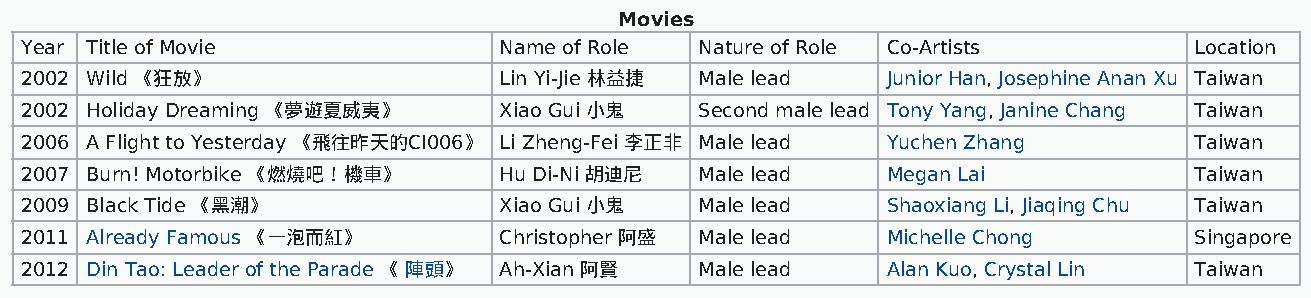
Movies
 Year Title of Movie             Name of Role Nature of Role Co-Artists        Location
 2002 Wild 《狂放》                  Lin Yi-Jie 林益捷 Male lead  Junior Han, Josephine Anan Xu Taiwan
 2002 Holiday Dreaming 《夢遊夏威夷》   Xiao Gui 小鬼  Second male lead Tony Yang, Janine Chang Taiwan
 2006 A Flight to Yesterday 《飛往昨天的CI006》 Li Zheng-Fei 李正非 Male lead Yuchen Zhang Taiwan
 2007 Burn! Motorbike 《燃燒吧！機車》   Hu Di-Ni 胡迪尼 Male lead    Megan Lai           Taiwan
 2009 Black Tide 《黑潮》            Xiao Gui 小鬼  Male lead    Shaoxiang Li, Jiaqing Chu Taiwan
 2011 Already Famous 《一泡而紅》      Christopher 阿盛 Male lead  Michelle Chong      Singapore
 2012 Din Tao: Leader of the Parade 《 陣頭》 Ah-Xian 阿賢 Male lead Alan Kuo, Crystal Lin Taiwan